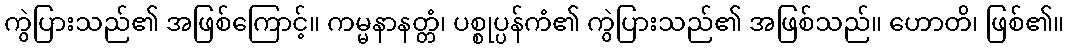
ကွဲပြားသည်၏ အဖြစ်ကြောင့်။ ကမ္မနာနတ္တံ၊ ပစ္စုပ္ပန်ကံ၏ ကွဲပြားသည်၏ အဖြစ်သည်။ ဟောတိ၊ ဖြစ်၏။